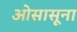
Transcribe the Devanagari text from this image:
ओसासूना